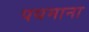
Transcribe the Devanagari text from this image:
पयमाना